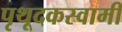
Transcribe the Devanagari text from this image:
पृथूदकस्वामी